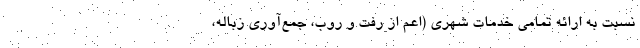
نسبت به ارائه تمامی خدمات شهری (اعم از رفت و روب، جمع‌آوری زباله،